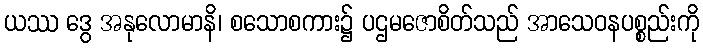
ယဿ ဒွေ အနုလောမာနိ၊ စသောစကား၌ ပဌမဇောစိတ်သည် အာသေဝနပစ္စည်းကို